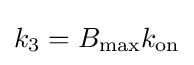
k_{3}=B_{\max }k_{\mathrm {on} }